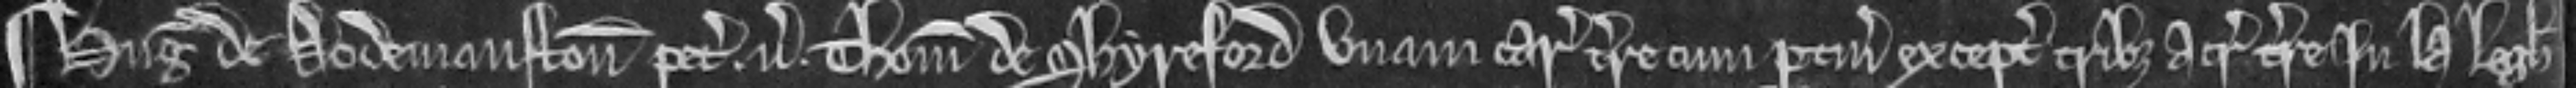
¶ Hugo de Dodemanston petit versus Thomam de Shyreford unam carucatam terre cum pertinenciis exceptis tribus acris terre in la Legh